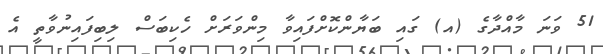
51 ވަނަ މާއްދާގެ (އ) ގައި ބަޔާންކޮށްފައިވާ މިންވަރަށް ހެކިބަސް ލިބިފައިނުވާތީ އެ